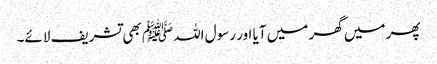
پھر میں گھر میں آیا اور رسول اللہﷺ بھی تشریف لائے۔